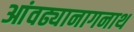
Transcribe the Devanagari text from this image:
आंवढ्यानागनाथ